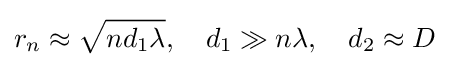
r_{n}\approx {\sqrt {nd_{1}\lambda }},\quad d_{1}\gg n\lambda ,\quad d_{2}\approx D